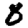
Digit: 8